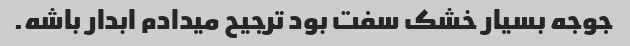
جوجه بسیار خشک سفت بود ترجیح میدادم ابدار باشه‌.